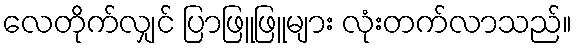
လေတိုက်လျှင် ပြာဖြူဖြူများ လုံးတက်လာသည်။